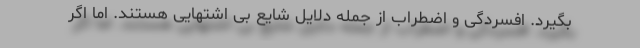
بگیرد. افسردگی و اضطراب از جمله دلایل شایع بی اشتهایی هستند. اما اگر